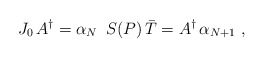
\begin{align*}J_0 \, A^{\dagger} = \alpha_N \,\,\, S(P) \, \bar{T} =A^{\dagger} \, \alpha_{N+1} \, \, ,\end{align*}